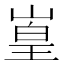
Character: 𪩅